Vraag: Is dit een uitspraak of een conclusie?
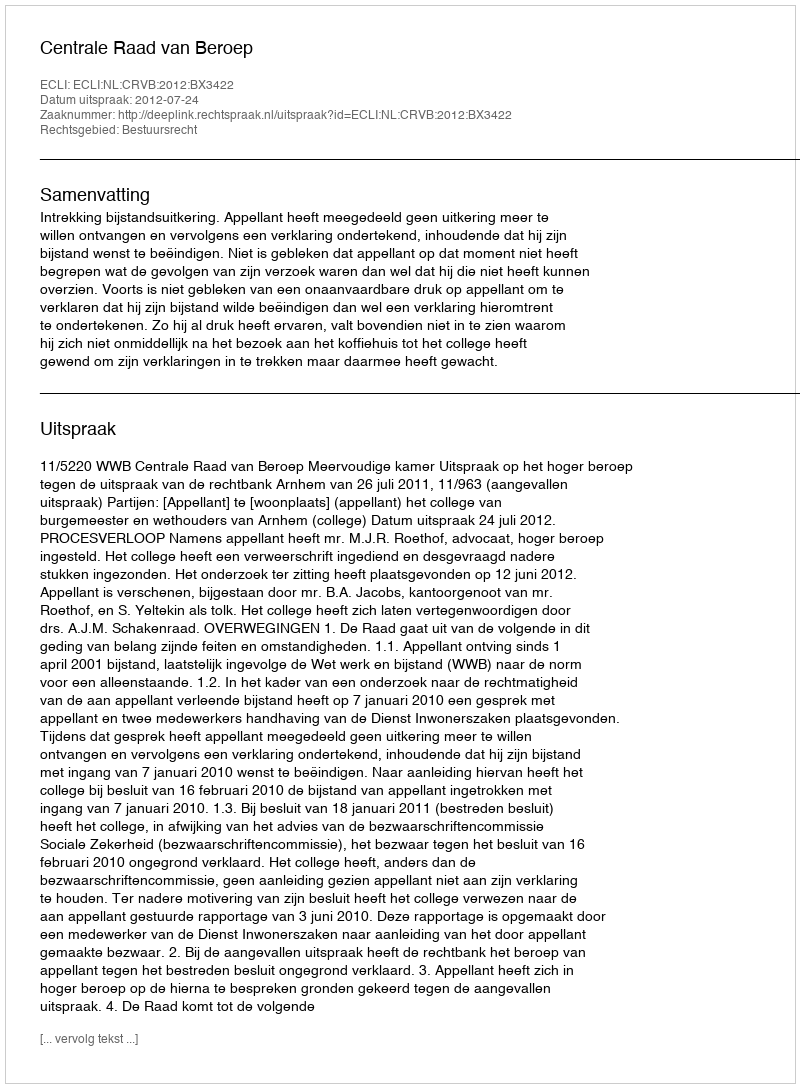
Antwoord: Uitspraak